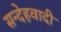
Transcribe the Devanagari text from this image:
सन्देहवादी